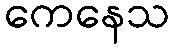
ကေနေသ